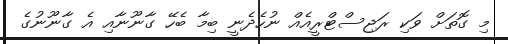
މި ގޮތަށް ވަކި ރަޖިސްޓްރީއެއް ނުހެދެނީ ބިމާ ބެހޭ ގާނޫނާއި އެ ގާނޫނުގެ